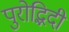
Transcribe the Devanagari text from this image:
पुरोद्भिदी